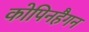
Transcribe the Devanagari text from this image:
कोपिनहैगन